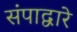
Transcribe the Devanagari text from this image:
संपाद्वारे